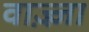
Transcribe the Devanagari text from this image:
वाज़्ज़ा